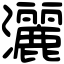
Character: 灑